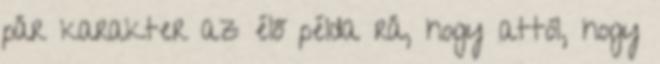
pár karakter az élő példa rá, hogy attól, hogy